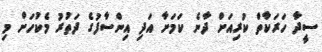
ސީދާ ހަރަކާތް ކުރިއަށް ދާނެ ކަމަށާ އަދި އިންސާފުގެ ދަތުރު މެކުހަށް މި